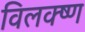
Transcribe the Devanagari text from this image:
विलक्ष्ण